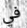
في